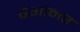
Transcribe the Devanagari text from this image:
वैगोनर